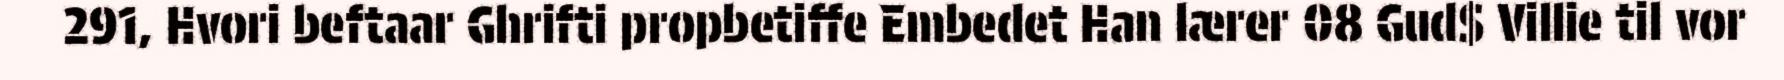
291, Hvori beftaar Ghrifti propbetiffe Embedet Han lærer 08 Gud$ Villie til vor